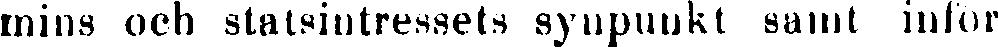
mins och statsintressets synpunkt samt infor